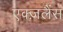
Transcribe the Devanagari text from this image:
एक्ज़लैंस